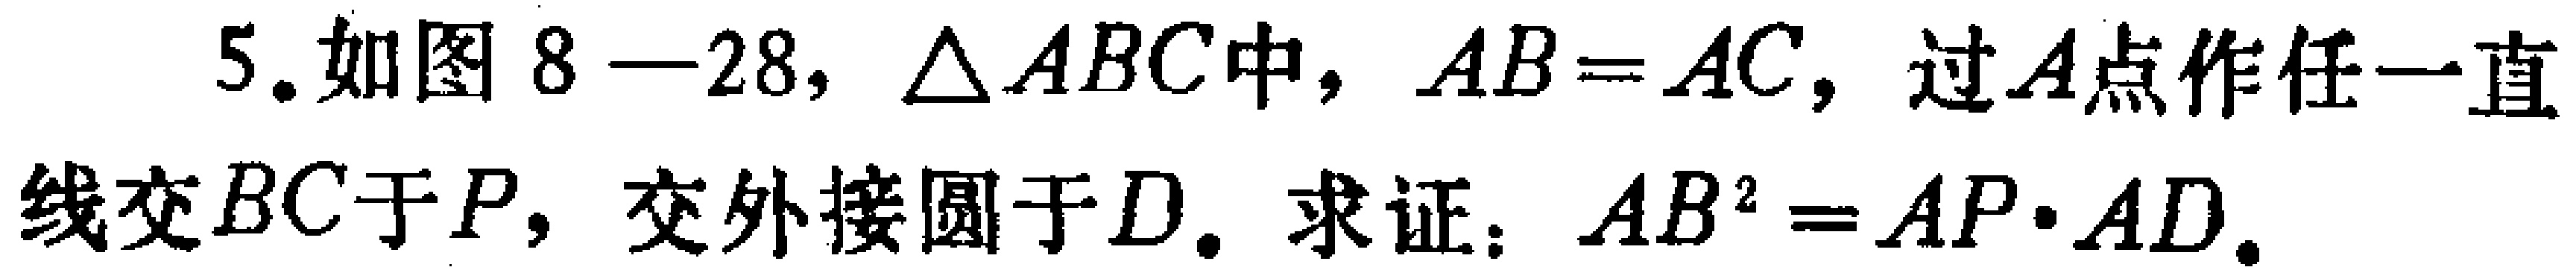
5. 如图8—28，$\triangle ABC$中，$AB = AC$，过$A$点作任一直线交$BC$于$P$，交外接圆于$D$. 求证：$AB^{2}=AP\cdot AD$.